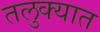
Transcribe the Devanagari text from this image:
तलुक्यात